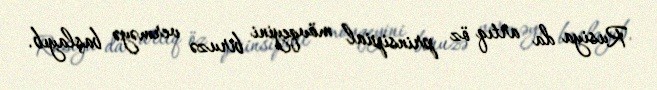
Rusiya da artıq öz prinsipial mövqeyini biruzə verməyə başlayıb.